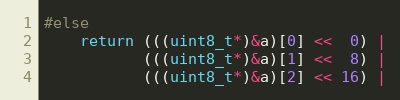
Language: C
#else
    return (((uint8_t*)&a)[0] <<  0) |
           (((uint8_t*)&a)[1] <<  8) |
           (((uint8_t*)&a)[2] << 16) |